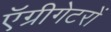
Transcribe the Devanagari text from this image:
ऍग्रीगेटरों